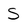
Character: S